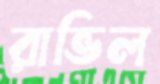
রাভিল